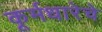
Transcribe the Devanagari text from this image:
कूर्मधारेचे